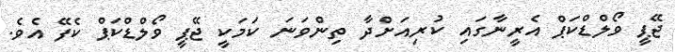
ޖޭޕީ ވޯލްޑްކަޕް އެރީނާގައި ކުރިއަށްދާ ތިންވަނަ ކަމަކީ ޖޭޕީ ވޯލްޑްކަޕް ކެފޭ އެވެ.